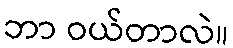
ဘာ ဝယ်တာလဲ။